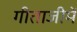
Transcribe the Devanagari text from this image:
गीताजीमें